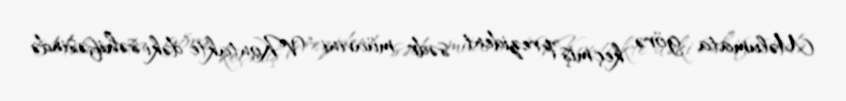
Məlumata görə, keçmiş prezident, sədr müavini “VKontakte”dəki səhifəsində